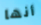
أنها